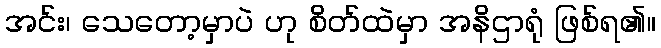
အင်း၊ သေတော့မှာပဲ ဟု စိတ်ထဲမှာ အနိဌာရုံ ဖြစ်ရ၏။